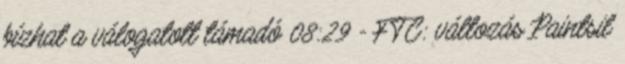
bízhat a válogatott támadó 08:29 - FTC: változás Paintsil